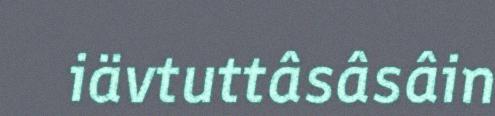
iävtuttâsâsâin